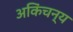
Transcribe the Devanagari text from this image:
अकिंचन्य